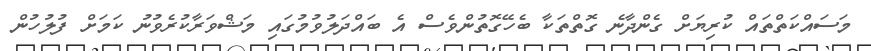
މަސައްކަތްތައް ކުރިޔަށް ގެންދާނެ ގޮތްތަކާ ބެހޭގޮތުންވެސް އެ ބައްދަލުވުމުގައި މަޝްވަރާކުރެވުނު ކަމަށް ފުލުހުން